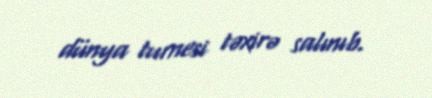
dünya turnesi təxirə salınıb.